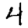
Digit: 4